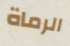
الرماة